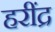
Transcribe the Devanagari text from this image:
हरींद्र